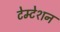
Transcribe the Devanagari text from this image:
टेम्टेशन